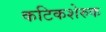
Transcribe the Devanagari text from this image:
कटिकशेरुक